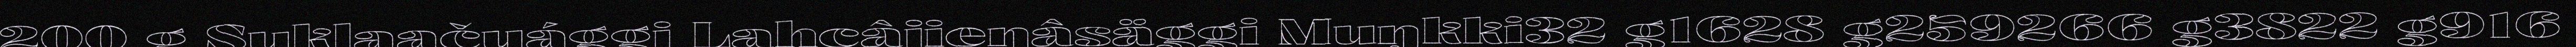
200 g Suklaačuággi Lahcâjieŋâsäggi Muŋkki32 g1628 g259266 g3822 g916